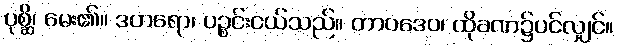
ပုစ္ဆိ၊ မေး၏။ ဒဟရော၊ ပဉ္စင်းငယ်သည်။ တာဝဒေဝ၊ ထိုခဏ၌ပင်လျှင်။